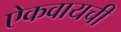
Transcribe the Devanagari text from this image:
ऐकवायची